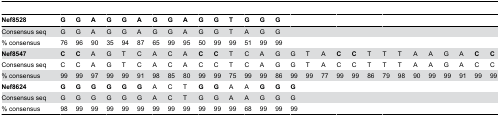
<table><thead><tr><td><b>Nef8528</b></td><td><b>G</b></td><td><b>G</b></td><td><b>A</b></td><td><b>G</b></td><td><b>G</b></td><td><b>A</b></td><td><b>G</b></td><td><b>G</b></td><td><b>A</b></td><td><b>G</b></td><td><b>G</b></td><td><b>T</b></td><td><b>G</b></td><td><b>G</b></td><td><b>G</b></td><td></td><td></td><td></td><td></td><td></td><td></td><td></td><td></td><td></td><td></td><td></td><td></td><td></td><td></td></tr></thead><tbody><tr><td>Consensus seq</td><td>G</td><td>G</td><td>A</td><td>G</td><td>G</td><td>A</td><td>G</td><td>G</td><td>A</td><td>G</td><td>G</td><td>T</td><td>A</td><td>G</td><td>G</td><td></td><td></td><td></td><td></td><td></td><td></td><td></td><td></td><td></td><td></td><td></td><td></td><td></td><td></td></tr><tr><td>% consensus</td><td>76</td><td>96</td><td>90</td><td>35</td><td>94</td><td>87</td><td>65</td><td>99</td><td>95</td><td>50</td><td>99</td><td>99</td><td>51</td><td>99</td><td>99</td><td></td><td></td><td></td><td></td><td></td><td></td><td></td><td></td><td></td><td></td><td></td><td></td><td></td><td></td></tr><tr><td><b>Nef8547</b></td><td><b>C</b></td><td><b>C</b></td><td>A</td><td>G</td><td>T</td><td>C</td><td>A</td><td>C</td><td>A</td><td><b>C</b></td><td><b>C</b></td><td>T</td><td>C</td><td>A</td><td>G</td><td>G</td><td>T</td><td>A</td><td><b>C</b></td><td><b>C</b></td><td>T</td><td>T</td><td>T</td><td>A</td><td>A</td><td>G</td><td>A</td><td><b>C</b></td><td><b>C</b></td></tr><tr><td>Consensus seq</td><td>C</td><td>C</td><td>A</td><td>G</td><td>T</td><td>C</td><td>A</td><td>C</td><td>A</td><td>C</td><td>C</td><td>T</td><td>C</td><td>A</td><td>G</td><td>G</td><td>T</td><td>A</td><td>C</td><td>C</td><td>T</td><td>T</td><td>T</td><td>A</td><td>A</td><td>G</td><td>A</td><td>C</td><td>C</td></tr><tr><td>% consensus</td><td>99</td><td>99</td><td>97</td><td>99</td><td>99</td><td>91</td><td>98</td><td>85</td><td>80</td><td>99</td><td>99</td><td>75</td><td>99</td><td>99</td><td>86</td><td>99</td><td>99</td><td>77</td><td>99</td><td>99</td><td>86</td><td>79</td><td>98</td><td>90</td><td>99</td><td>99</td><td>91</td><td>99</td><td>99</td></tr><tr><td><b>Nef8624</b></td><td><b>G</b></td><td><b>G</b></td><td><b>G</b></td><td><b>G</b></td><td><b>G</b></td><td><b>G</b></td><td>A</td><td>C</td><td>T</td><td><b>G</b></td><td><b>G</b></td><td>A</td><td>A</td><td><b>G</b></td><td><b>G</b></td><td><b>G</b></td><td></td><td></td><td></td><td></td><td></td><td></td><td></td><td></td><td></td><td></td><td></td><td></td><td></td></tr><tr><td>Consensus seq</td><td>G</td><td>G</td><td>G</td><td>G</td><td>G</td><td>G</td><td>A</td><td>C</td><td>T</td><td>G</td><td>G</td><td>A</td><td>A</td><td>G</td><td>G</td><td>G</td><td></td><td></td><td></td><td></td><td></td><td></td><td></td><td></td><td></td><td></td><td></td><td></td><td></td></tr><tr><td>% consensus</td><td>98</td><td>99</td><td>99</td><td>99</td><td>99</td><td>99</td><td>99</td><td>99</td><td>99</td><td>99</td><td>99</td><td>99</td><td>68</td><td>99</td><td>99</td><td>99</td><td></td><td></td><td></td><td></td><td></td><td></td><td></td><td></td><td></td><td></td><td></td><td></td><td></td></tr></tbody></table>